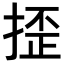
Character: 𢱉